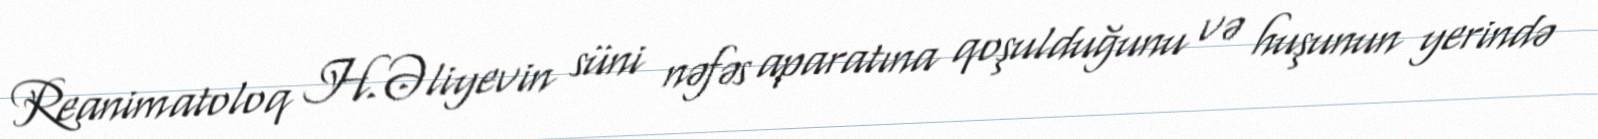
Reanimatoloq H.Əliyevin süni nəfəs aparatına qoşulduğunu və huşunun yerində